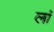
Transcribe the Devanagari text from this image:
लां